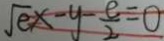
\sqrt { e } x - y - \frac { e } { 2 } = 0